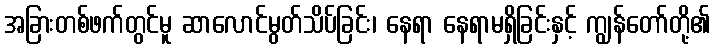
အခြားတစ်ဖက်တွင်မူ ဆာလောင်မွတ်သိပ်ခြင်း၊ နေရာ နေရာမရှိခြင်းနှင့် ကျွန်တော်တို့၏